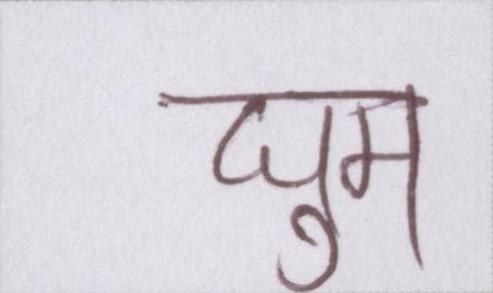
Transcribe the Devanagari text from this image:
घुम